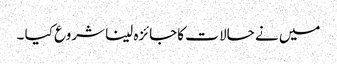
میں نے حالا ت کاجائزہ لینا شروع کیا ۔